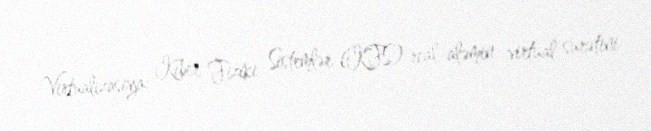
Virtualizasiya: Kiber Fiziki Sistemlər (KFS) real aləmin virtual surətini